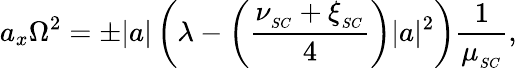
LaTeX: a_{x}\Omega^{2}=\pm|a|\left(\lambda-\left(\frac{\nu_{_{SC}}+\xi_{_{SC}}}{4}\right)|a|^{2}\right)\frac{1}{\mu_{_{SC}}},